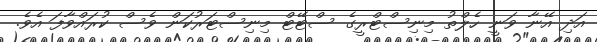
އަދި އޭނާ ވަނީ ހެލްތު މިނިސްޓްރީގެ ސްޓޭޓް މިނިސްޓަރުކަން ވެސް ކުރައްވާފަ އެވެ.